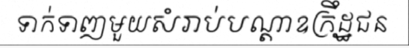
ទាក់ទាញមួយសំរាប់បណ្តាឧក្រឹដ្ឋជន